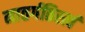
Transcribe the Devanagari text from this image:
मातर्गतिस्त्वं